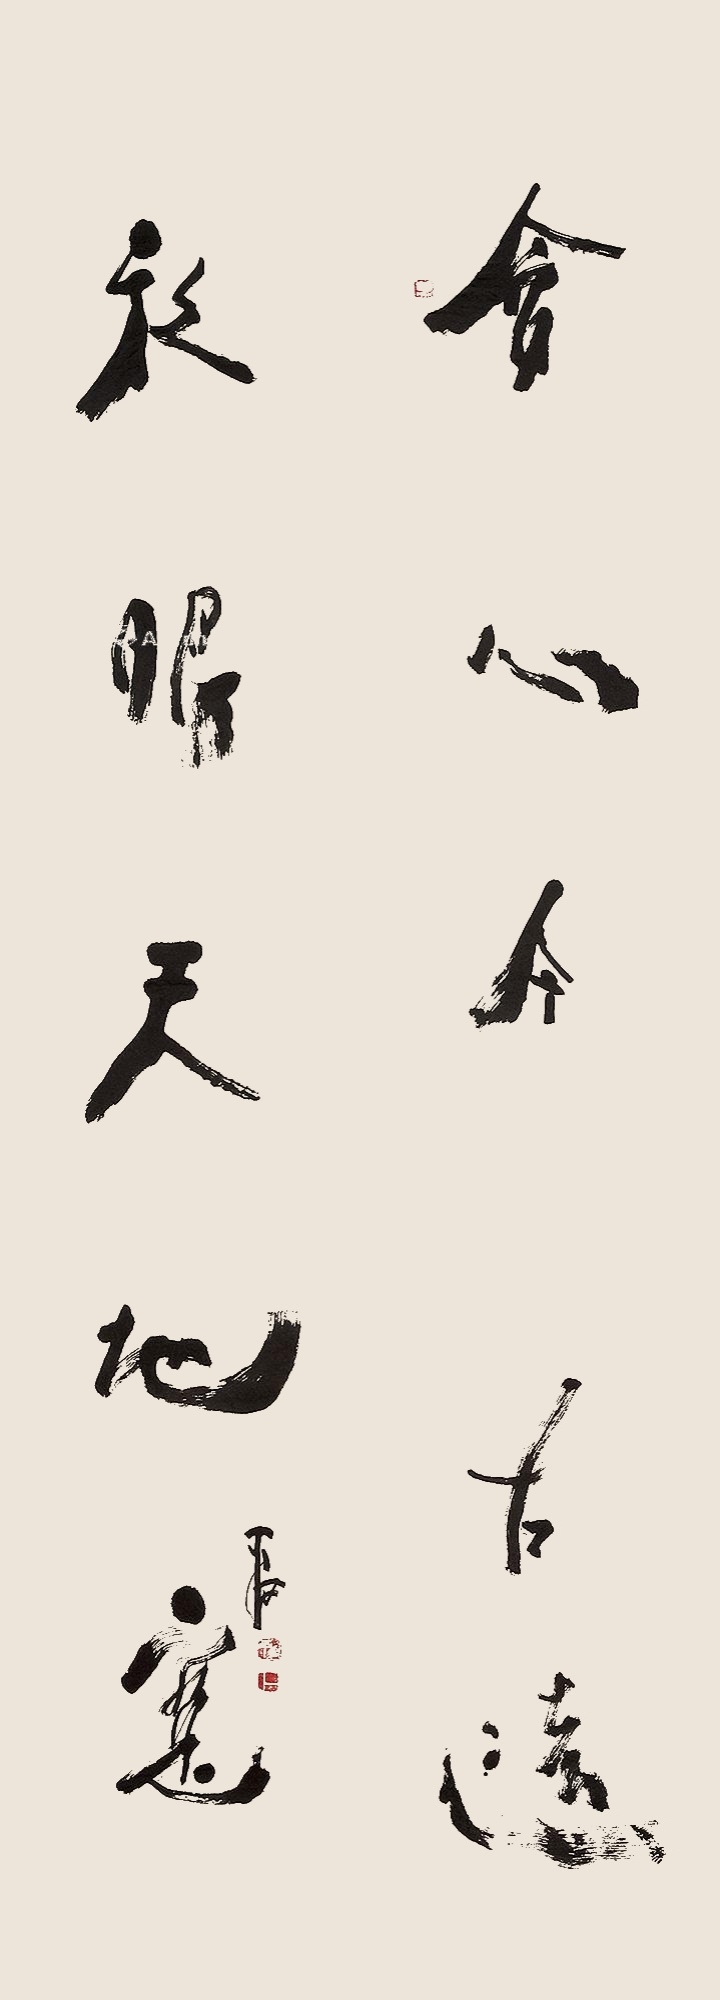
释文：会心不在远，放眼天地宽。平西。